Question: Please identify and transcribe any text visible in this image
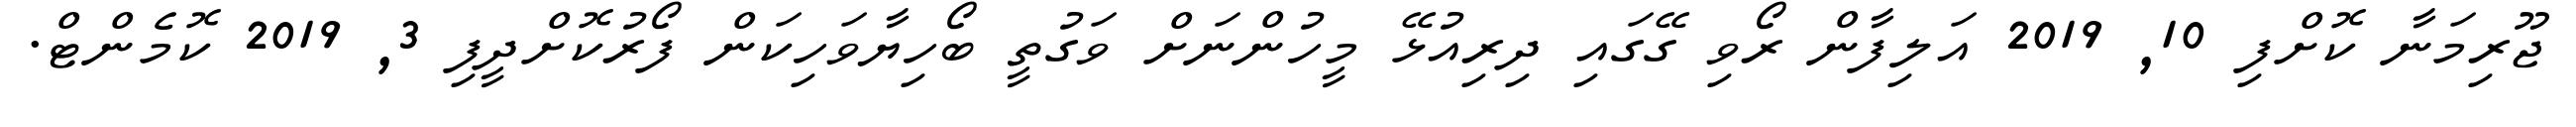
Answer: ޖޫރިމަނާ ކޮށްފި 10, 2019 އަލިފާން ރޯވި ގޭގައި ދިރިއުޅޭ މީހުންނަށް ވަގުތީ ބޯހިޔާވަހިކަން ފޯރުކޮށްދީފި 3, 2019 ކޮމެންޓް.